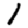
Digit: 1